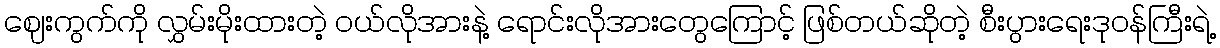
ဈေးကွက်ကို လွှမ်းမိုးထားတဲ့ ဝယ်လိုအားနဲ့ ရောင်းလိုအားတွေကြောင့် ဖြစ်တယ်ဆိုတဲ့ စီးပွားရေးဒုဝန်ကြီးရဲ့